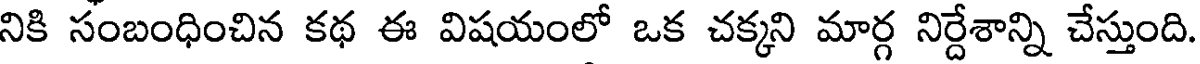
నికి సంబంధించిన కథ ఈ విషయంలో ఒక చక్కని మార్గ నిర్దేశాన్ని చేస్తుంది.